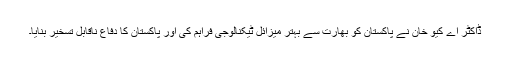
ڈاکٹر اے کیو خان نے پاکستان کو بھارت سے بہتر میزائل ٹیکنالوجی فراہم کی اور پاکستان کا دفاع ناقابل تسخیر بنایا۔